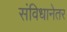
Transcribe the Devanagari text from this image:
संविधानेतर